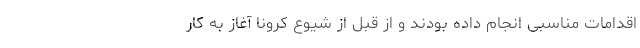
اقدامات مناسبی انجام داده بودند و از قبل از شیوع کرونا آغاز به کار